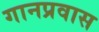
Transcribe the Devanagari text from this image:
गानप्रवास